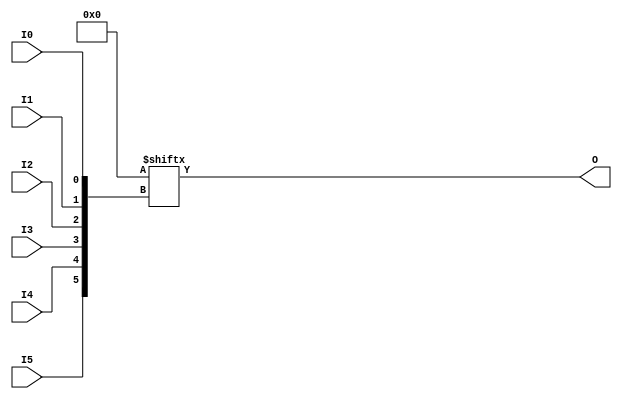
// This program was cloned from: https://github.com/ryuz/jelly
// License: MIT License



`timescale 1ns / 1ps
`default_nettype none


module LUT6
		#(
			parameter	[63:0]	INIT = {64{1'b0}}
		)
		(
			output	O,
			input	I0,
			input	I1,
			input	I2,
			input	I3,
			input	I4,
			input	I5
		);
	
	wire	[63:0]	lut_table = INIT;
	wire	[5:0]	index = {I5, I4, I3, I2, I1, I0};
	
	assign O = lut_table[index];
	
endmodule



`default_nettype wire